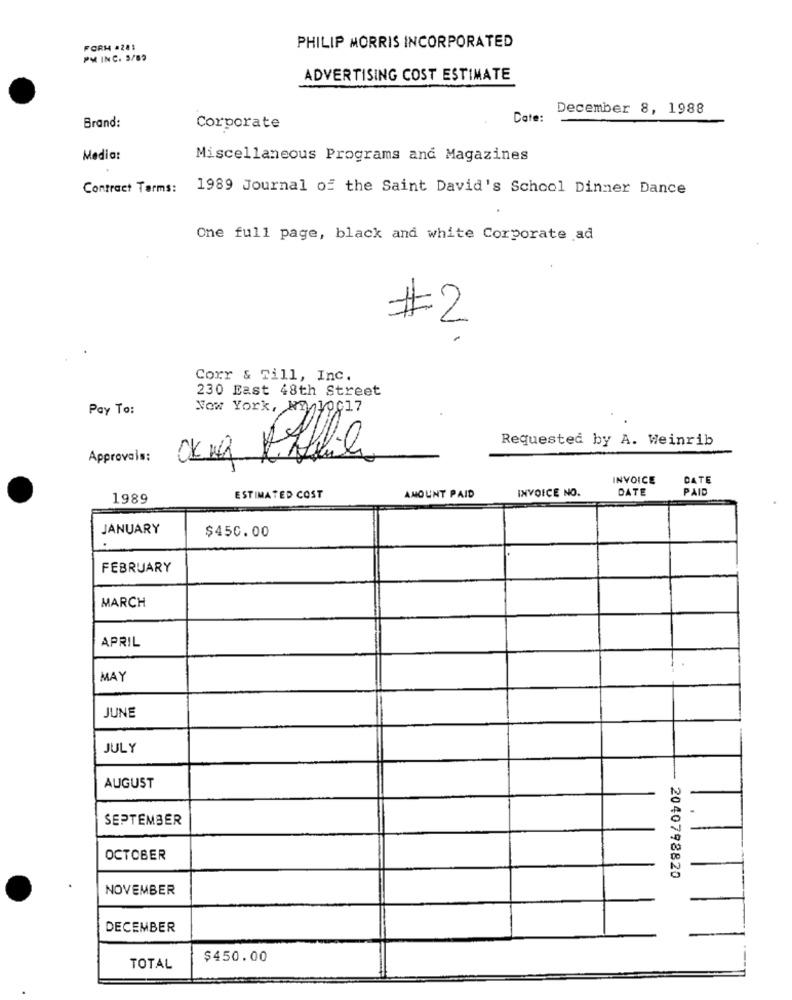
FORM #241
PHILIP MORRIS INCORPORATED
PM INC. 5/83
ADVERTISING COST ESTIMATE
December 8, 1988
Cate:
Brand:
Corporate
Media:
Miscellaneous Programs and Magazines
Contract Tarms: 1989 Journal of the Saint David's School Dinner Dance
One full page, black and white Corporate ad
#2
Corr & Till, Inc.
230 East 48th Street
Pay To:
Now York, NY /10017
Requested by A. Weinrib
Approvals:
INVOICE
DATE
AMOUNT PAID
INVOICE NO.
DATE
PAID
1989
ESTIMATED COST
JANUARY
$450.00
FEBRUARY
MARCH
APRIL
MAY
JUNE
JULY
AUGUST
.
SEPTEMBER
OCTOBER
2040792820
NOVEMBER
DECEMBER
$450.00
TOTAL